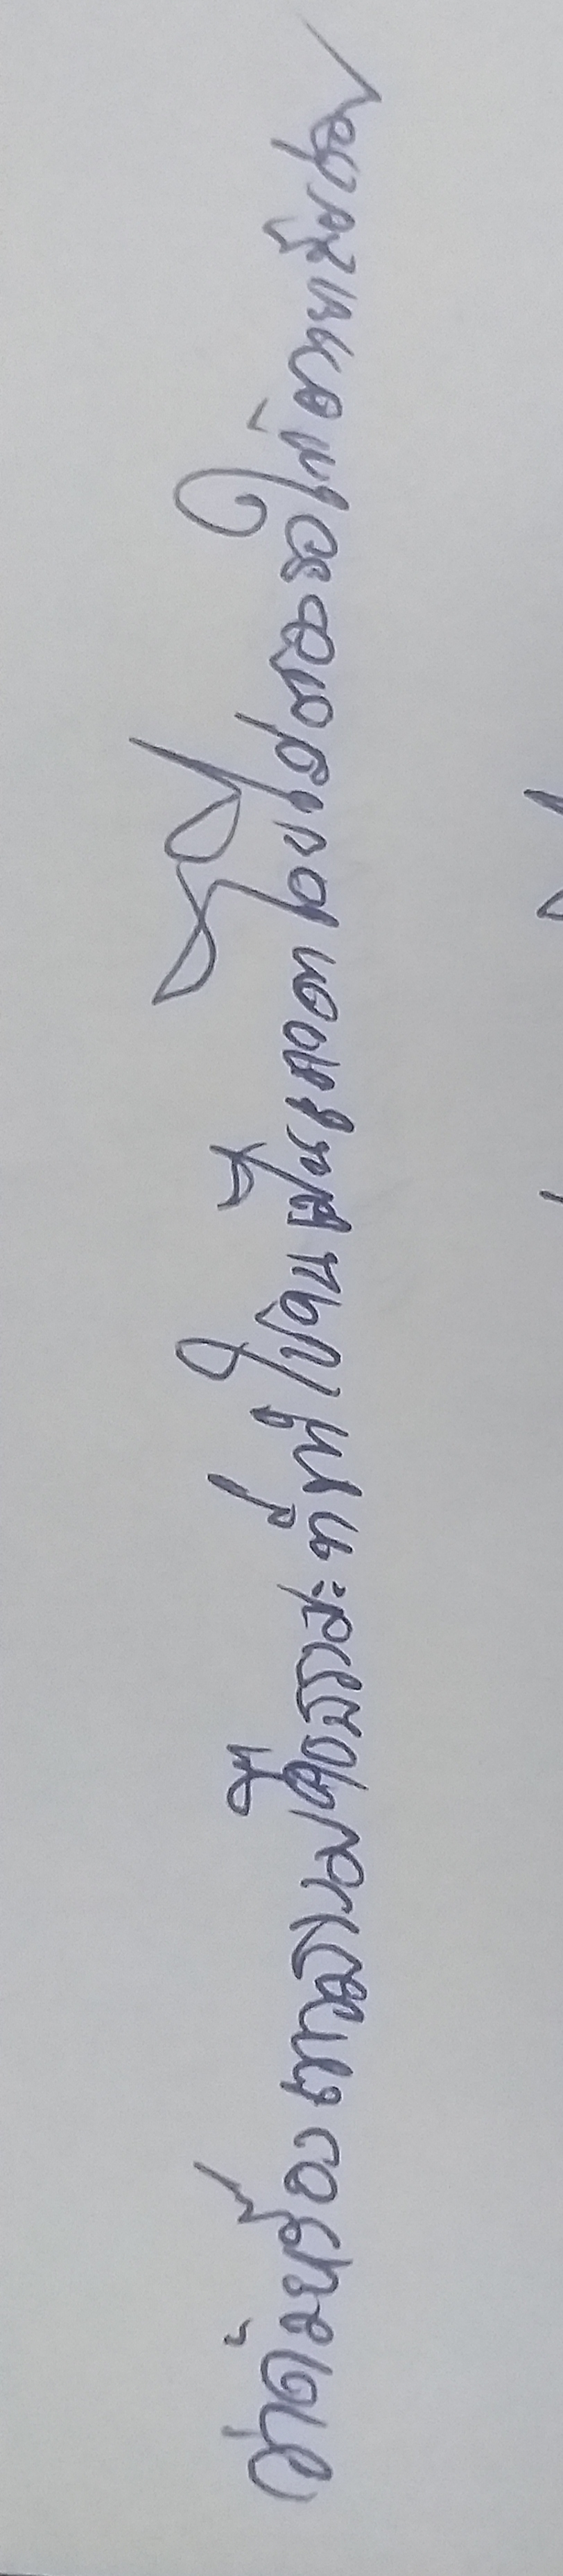
ว่าด้วยเรื่องเทวธรรมคือธรรมะที่ทำคนให้เป็นเทวดาโดยไม่ต้องรอให้ตายเสียก่อน